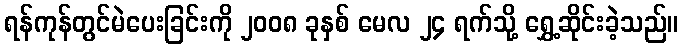
ရန်ကုန်တွင်မဲပေးခြင်းကို ၂၀၀၈ ခုနှစ် မေလ ၂၄ ရက်သို့ ရွှေ့ဆိုင်းခဲ့သည်။